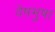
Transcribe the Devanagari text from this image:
वेषभुषा